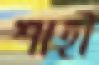
শাহী